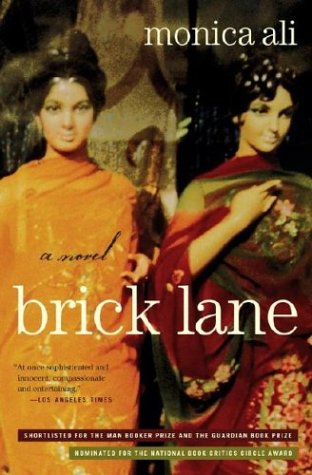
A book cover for Brick Lane: A Novel; Monica Ali; Romance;